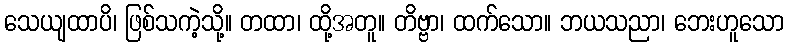
သေယျထာပိ၊ ဖြစ်သကဲ့သို့။ တထာ၊ ထို့အတူ။ တိဗ္ဗာ၊ ထက်သော။ ဘယသညာ၊ ဘေးဟူသော